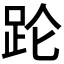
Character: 𬦧